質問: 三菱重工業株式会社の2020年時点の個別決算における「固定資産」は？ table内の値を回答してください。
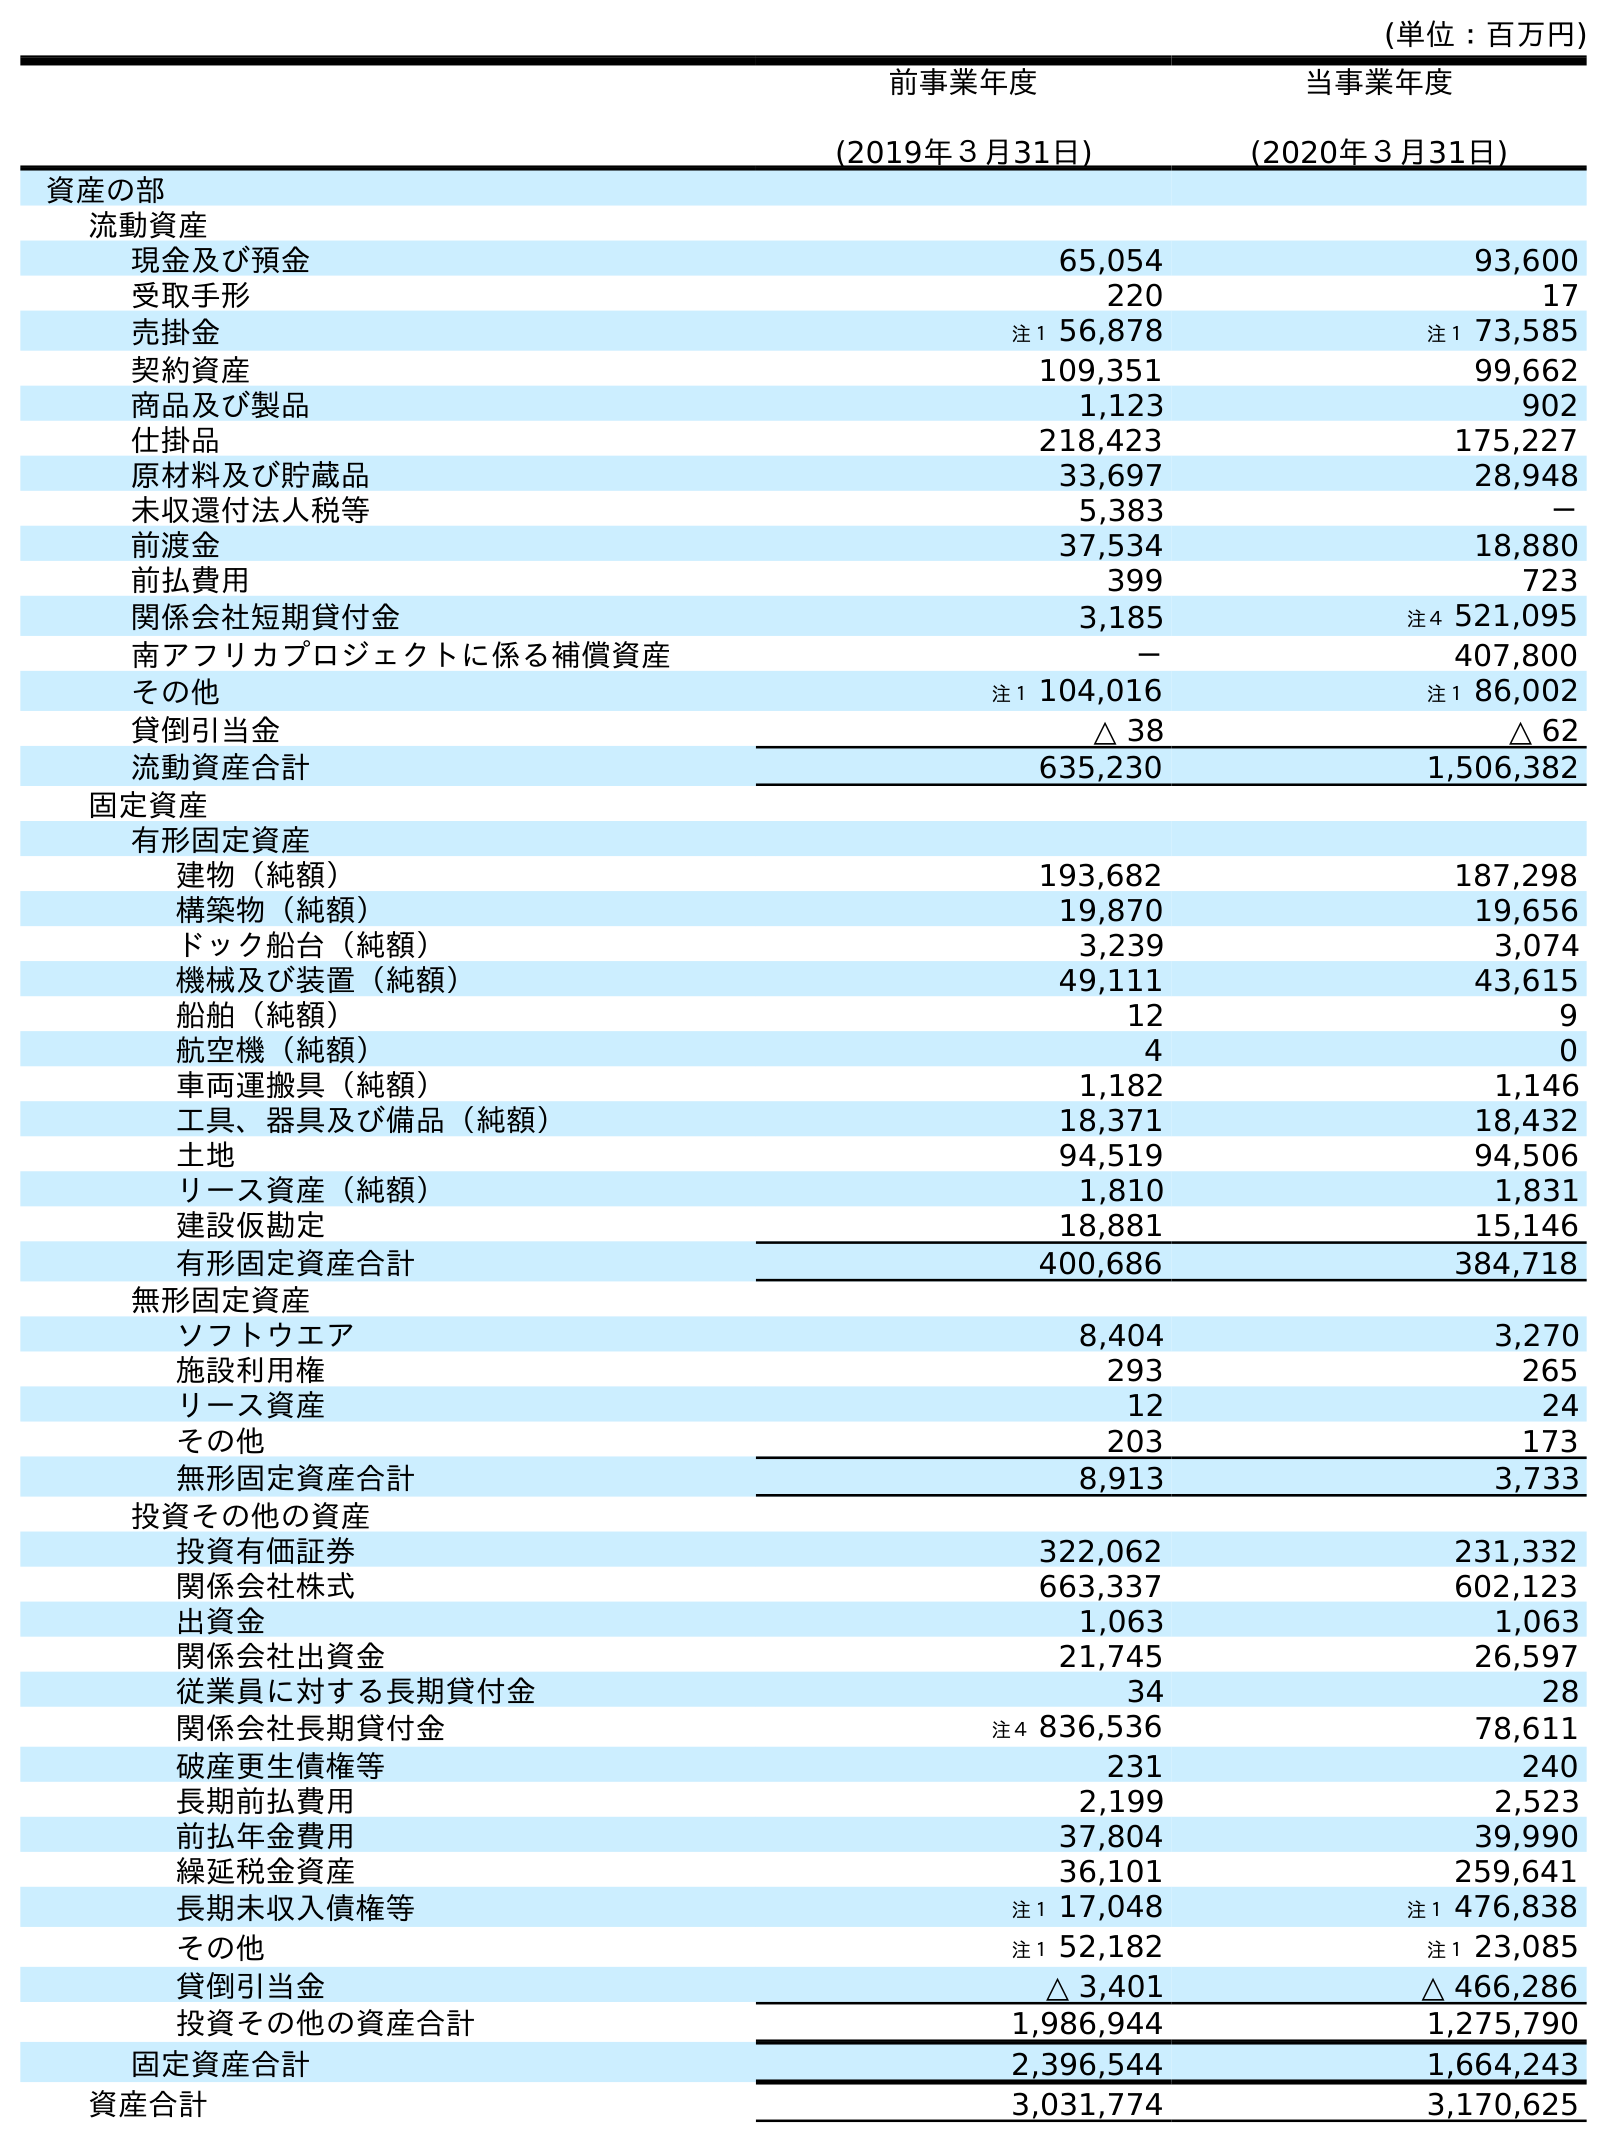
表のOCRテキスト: (単位：百万円) 前事業年度 (2019年３月31日) 当事業年度 (2020年３月31日) 資産の部 流動資産 現金及び預金 65,054 93,600 受取手形 220 17 売掛金 注１ 56,878 注１ 73,585 契約資産 109,351 99,662 商品及び製品 1,123 902 仕掛品 218,423 175,227 原材料及び貯蔵品 33,697 28,948 未収還付法人税等 5,383 － 前渡金 37,534 18,880 前払費用 399 723 関係会社短期貸付金 3,185 注４ 521,095 南アフリカプロジェクトに係る補償資産 － 407,800 その他 注１ 104,016 注１ 86,002 貸倒引当金 △ 38 △ 62 流動資産合計 635,230 1,506,382 固定資産 有形固定資産 建物（純額） 193,682 187,298 構築物（純額） 19,870 19,656 ドック船台（純額） 3,239 3,074 機械及び装置（純額） 49,111 43,615 船舶（純額） 12 9 航空機（純額） 4 0 車両運搬具（純額） 1,182 1,146 工具、器具及び備品（純額） 18,371 18,432 土地 94,519 94,506 リース資産（純額） 1,810 1,831 建設仮勘定 18,881 15,146 有形固定資産合計 400,686 384,718 無形固定資産 ソフトウエア 8,404 3,270 施設利用権 293 265 リース資産 12 24 その他 203 173 無形固定資産合計 8,913 3,733 投資その他の資産 投資有価証券 322,062 231,332 関係会社株式 663,337 602,123 出資金 1,063 1,063 関係会社出資金 21,745 26,597 従業員に対する長期貸付金 34 28 関係会社長期貸付金 注４ 836,536 78,611 破産更生債権等 231 240 長期前払費用 2,199 2,523 前払年金費用 37,804 39,990 繰延税金資産 36,101 259,641 長期未収入債権等 注１ 17,048 注１ 476,838 その他 注１ 52,182 注１ 23,085 貸倒引当金 △ 3,401 △ 466,286 投資その他の資産合計 1,986,944 1,275,790 固定資産合計 2,396,544 1,664,243 資産合計 3,031,774 3,170,625
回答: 1,664,243